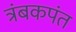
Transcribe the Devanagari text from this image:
त्रंबकपंत